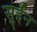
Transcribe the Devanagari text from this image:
सुईन